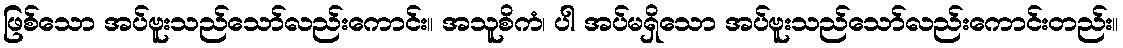
ဖြစ်သော အပ်ဗူးသည်သော်လည်းကောင်း။ အသူစိကံ၊ ပါ အပ်မရှိသော အပ်ဗူးသည်သော်လည်းကောင်းတည်း။